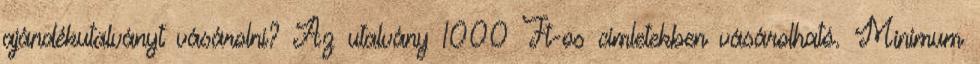
ajándékutalványt vásárolni? Az utalvány 1000 Ft-os címletekben vásárolható. Minimum